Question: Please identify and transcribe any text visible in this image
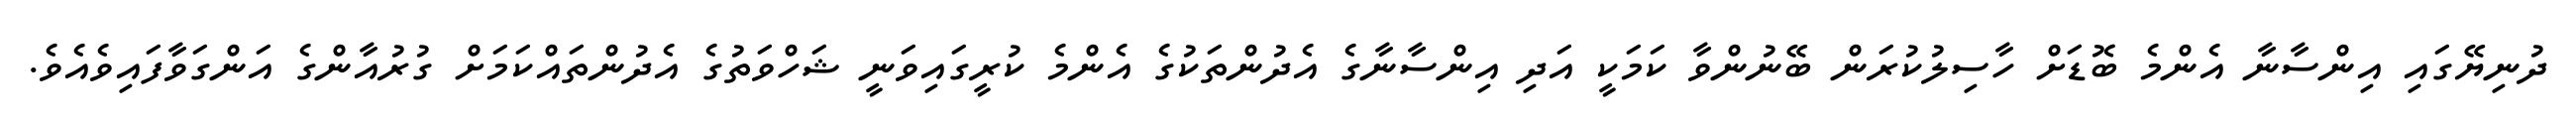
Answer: ދުނިޔޭގައި އިންސާނާ އެންމެ ބޮޑަށް ހާސިލުކުރަން ބޭނުންވާ ކަމަކީ އަދި އިންސާނާގެ އެދުންތަކުގެ އެންމެ ކުރީގައިވަނީ ޝަހްވަތުގެ އެދުންތައްކަމަށް ގުރުއާންގެ އަންގަވާފައިވެއެވެ.